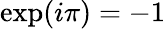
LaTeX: \exp(i\pi)=-1